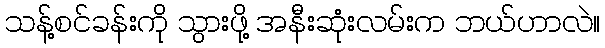
သန့်စင်ခန်းကို သွားဖို့ အနီးဆုံးလမ်းက ဘယ်ဟာလဲ။